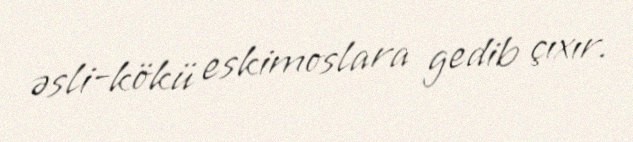
əsli-kökü eskimoslara gedib çıxır.